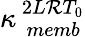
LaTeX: \kappa_{\, \, memb}^{\, 2L\mathcal{R}T_{0}}